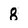
Character: 8